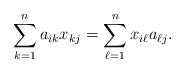
LaTeX: \begin{align*}\sum_{k = 1}^n a_{ik} x_{kj} = \sum_{\ell = 1}^n x_{i\ell}a_{\ell j}.\end{align*}